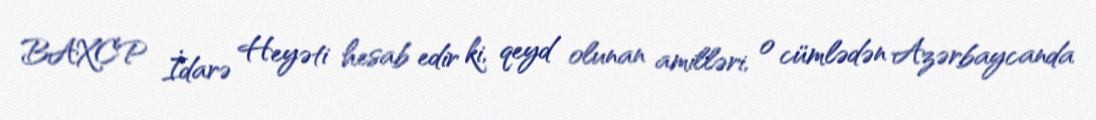
BAXCP İdarə Heyəti hesab edir ki, qeyd olunan amilləri, o cümlədən Azərbaycanda